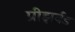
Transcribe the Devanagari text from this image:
प्रीझर्वड